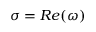
\sigma = R e ( \omega )